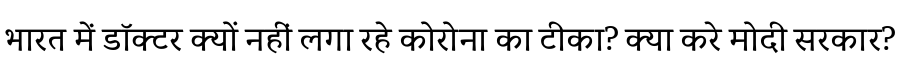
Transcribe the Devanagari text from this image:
भारत में डॉक्टर क्यों नहीं लगा रहे कोरोना का टीका? क्या करे मोदी सरकार?